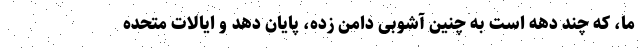
ما، که چند دهه است به چنین آشوبی دامن زده، پایان دهد و ایالات متحده